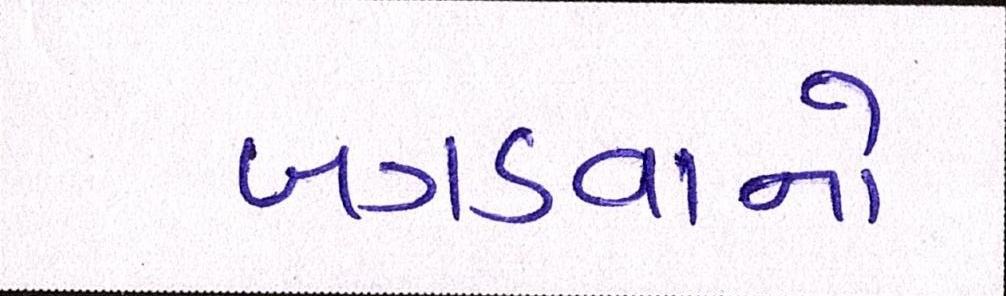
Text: બગડવાનો